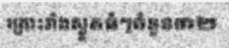
គ្រោះរាំងស្ងួតធំៗចំនួន៣២